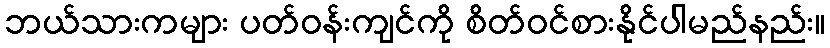
ဘယ်သားကများ ပတ်ဝန်းကျင်ကို စိတ်ဝင်စားနိုင်ပါမည်နည်း။